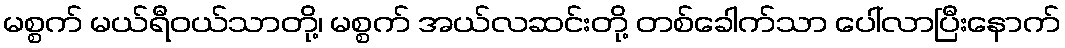
မစ္စက် မယ်ရီဝယ်သာတို့၊ မစ္စက် အယ်လဆင်းတို့ တစ်ခေါက်သာ ပေါ်လာပြီးနောက်